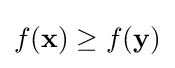
f(\mathbf {x} )\geq f(\mathbf {y} )